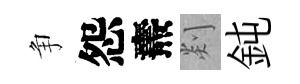
争怨燾剡鈍